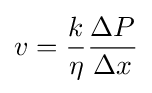
v={\frac {k}{\eta }}{\frac {\Delta P}{\Delta x}}